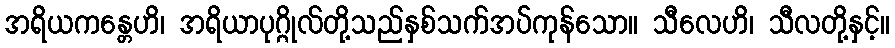
အရိယကန္တေဟိ၊ အရိယာပုဂ္ဂိုလ်တို့သည်နှစ်သက်အပ်ကုန်သော။ သီလေဟိ၊ သီလတို့နှင့်။